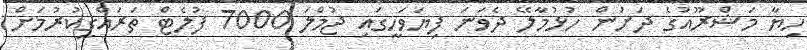
ހިޔާ މަޝްރޫއުގެ ދަށުން ހުޅުމާލޭ ދެވަނަ ފިޔަވަހީގައި ޖުމްލަ 7000 ފުލެޓް ތަރައްގީކުރުމަށް